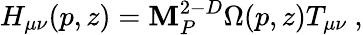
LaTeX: H_{\mu\nu}(p,z)=\mathbf{M}_{P}^{2-D}\Omega(p,z)T_{\mu\nu}~,